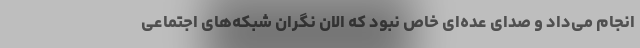
انجام می‌داد و صدای عده‌ای خاص نبود که الان نگران شبکه‌های اجتماعی